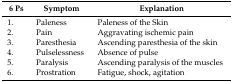
<table><thead><tr><td><b>6 Ps</b></td><td><b>Symptom</b></td><td><b>Explanation</b></td></tr></thead><tbody><tr><td>1.</td><td>Paleness</td><td>Paleness of the Skin</td></tr><tr><td>2.</td><td>Pain</td><td>Aggravating ischemic pain</td></tr><tr><td>3.</td><td>Paresthesia</td><td>Ascending paresthesia of the skin</td></tr><tr><td>4.</td><td>Pulselessness</td><td>Absence of pulse</td></tr><tr><td>5.</td><td>Paralysis</td><td>Ascending paralysis of the muscles</td></tr><tr><td>6.</td><td>Prostration</td><td>Fatigue, shock, agitation</td></tr></tbody></table>